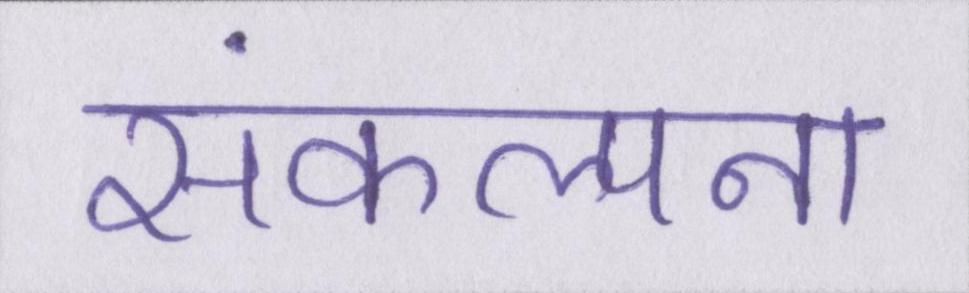
संकल्पना